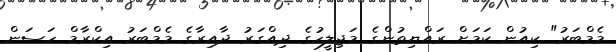
މެމްބަރު" ކިއުން ކަމަށް ރައްޔިތުންގެ މަޖިލީހުގެ ދިއްގަރު ދާއިރާގެ މެމްބަރު އިކްރާމް ހަސަން